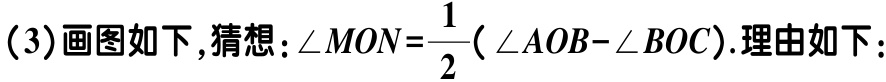
（3）画图如下,猜想：\(\angle MON=\frac{1}{2}(\angle AOB - \angle BOC)\).理由如下：